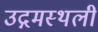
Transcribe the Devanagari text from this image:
उद्गमस्थली